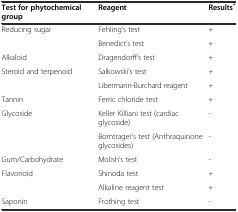
<table><thead><tr><td><b>Test for phytochemical group</b></td><td><b>Reagent</b></td><td><b>Results<sup>*</sup></b></td></tr></thead><tbody><tr><td rowspan="2">Reducing sugar</td><td>Fehling’s test</td><td>+</td></tr><tr><td>Benedict’s test</td><td>+</td></tr><tr><td>Alkaloid</td><td>Dragendorff’s test</td><td>+</td></tr><tr><td rowspan="2">Steroid and terpenoid</td><td>Salkowski’s test</td><td>+</td></tr><tr><td>Libermann-Burchard reagent</td><td>+</td></tr><tr><td>Tannin</td><td>Ferric chloride test</td><td>+</td></tr><tr><td rowspan="2">Glycoside</td><td>Keller Killiani test (cardiac glycoside)</td><td>-</td></tr><tr><td>Borntrager’s test (Anthraquinone glycosides)</td><td>-</td></tr><tr><td>Gum/Carbohydrate</td><td>Molish’s test</td><td>-</td></tr><tr><td rowspan="2">Flavonoid</td><td>Shinoda test</td><td>+</td></tr><tr><td>Alkaline reagent test</td><td>+</td></tr><tr><td>Saponin</td><td>Frothing test</td><td>-</td></tr></tbody></table>